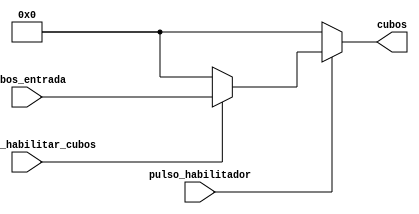
`timescale 1ns / 1ps
//////////////////////////////////////////////////////////////////////////////////

/*
modulo que permite pasar el valor de entrada "cubos_entrada"
a la salida "cubos" unicamente cuando la entrada "bandera_habilitar_cubos" es alta.
Ademas si ocupa la entrada "pulso_habilitador" para que sea distinto de cero la salida
*/
module habilitador_cubos(
	input [4:0] cubos_entrada,
	input pulso_habilitador,
	input bandera_habilitar_cubos,
	output [4:0] cubos
    );

	reg [4:0] valor_cubos;

	always @(*)
		begin
			valor_cubos = 5'b0;
			if(bandera_habilitar_cubos)
				valor_cubos = cubos_entrada;
		end
		
	assign cubos = pulso_habilitador ? valor_cubos : 0;

endmodule